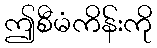
ဤစီမံကိန်းကို